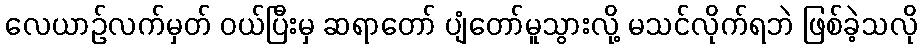
လေယာဉ်လက်မှတ် ဝယ်ပြီးမှ ဆရာတော် ပျံတော်မူသွားလို့ မသင်လိုက်ရဘဲ ဖြစ်ခဲ့သလို